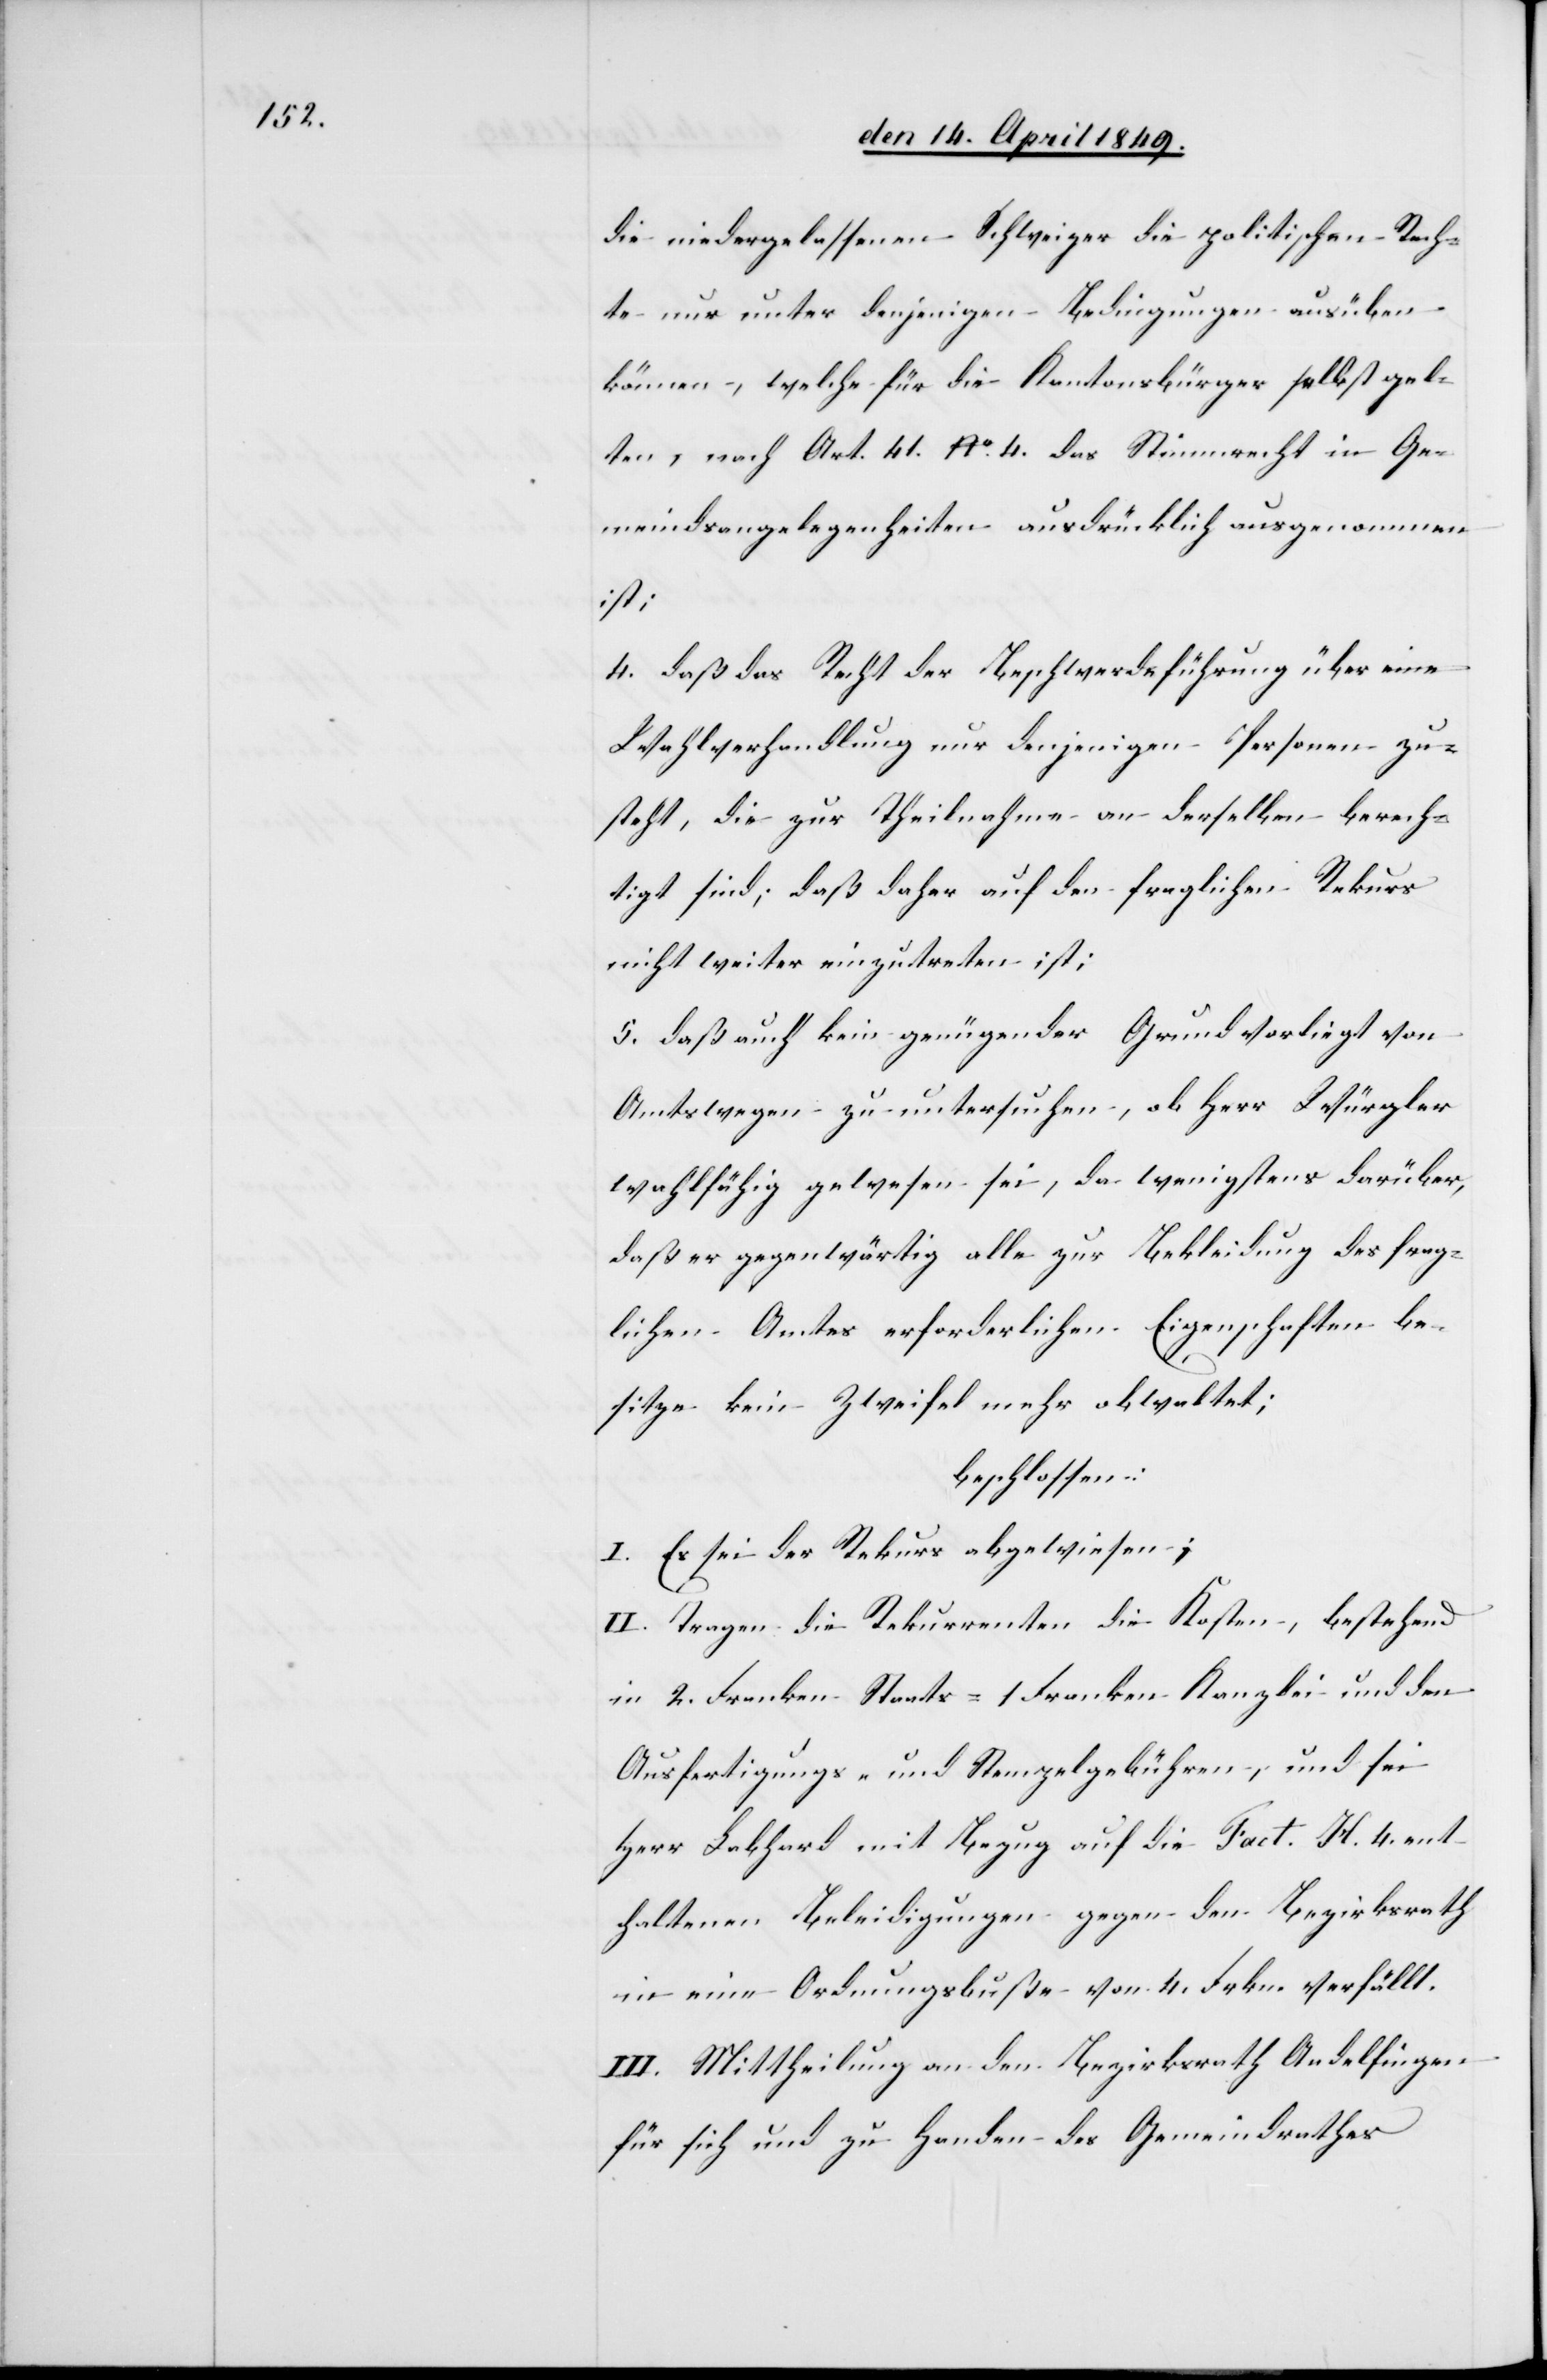
die niedergelassenen Schweizer die politischen Rech¬
te nur unter denjenigen Bedingungen ausüben
können, welche für die Kantonsbürger selbst gel¬
ten, nach Art. 41. No 4. das Stimmrecht in Ge¬
meindsangelegenheiten ausdrücklich ausgenommen
ist;
4. daß das Recht der Beschwerdeführung über eine
Wahlverhandlung nur denjenigen Personen zu¬
steht, die zur Theilnahme an derselben berech¬
tigt sind; daß daher auf den fraglichen Rekurs
nicht weiter einzutreten ist;
5. daß auch kein genügender Grund vorliegt von
Amtswegen zu untersuchen, ob Herr Würgler
wahlfähig gewesen sei, da wenigstens darüber,
daß er gegenwärtig alle zur Bekleidung des frag¬
lichen Amtes erforderlichen Eigenschaften be¬
sitze kein Zweifel mehr obwaltet;
beschlossen:
I. Es sei der Rekurs abgewiesen;
II. Tragen die Rekurrenten die Kosten, bestehend
in 2. Franken Staats-[,] 1 Franken Kanzlei- und den
Ausfertigungs- und Stempelgebühren, und sei
Herr Labhard [sic!] mit Bezug auf die Fact. H. 4. ent¬
haltenen Beleidigungen gegen den Bezirksrath
in eine Ordnungsbuße von 4. Frkn. verfällt.
III. Mittheilung an den Bezirksrath Andelfingen
für sich und zu Handen des Gemeindrathes